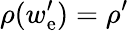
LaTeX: \rho(w_{\mathrm{e}}^{\prime})=\rho^{\prime}